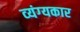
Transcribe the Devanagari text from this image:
व्‍यंग्‍यकार